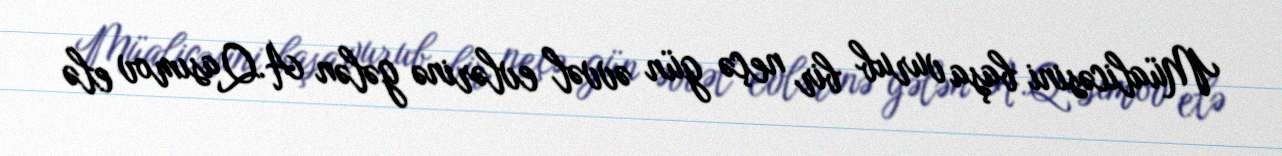
Müalicəsini başa vurub bir neçə gün əvvəl evlərinə gələn A.Qasımov elə